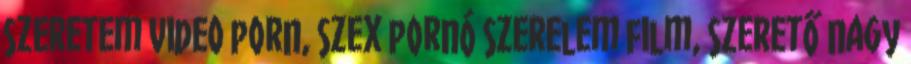
szeretem video porn, szex pornó szerelem film, szerető nagy